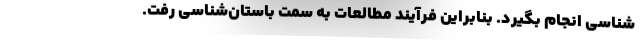
‌شناسی انجام بگیرد. بنابراین فرآیند مطالعات به سمت باستان‌شناسی رفت.